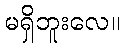
မရှိဘူးလေ။